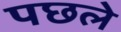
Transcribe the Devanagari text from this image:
पछले